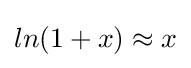
ln(1+x)\approx x